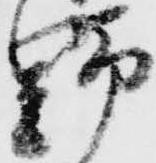
野